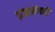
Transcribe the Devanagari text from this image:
प्रजासंपत्ती